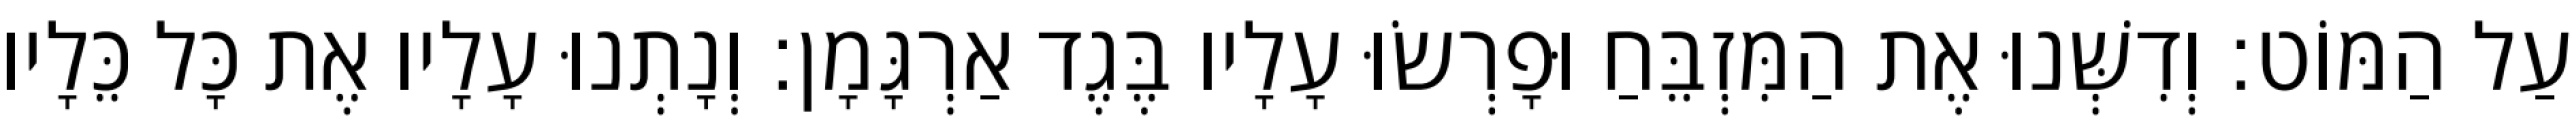
עַל הַמּוֹט׃ וְדִשְּׁנוּ אֶת הַמִּזְבֵּחַ וּפָרְשׂוּ עָלָיו בֶּגֶד אַרְגָּמָן׃ וְנָתְנוּ עָלָיו אֶת כָּל כֵּלָיו